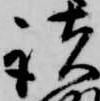
諸